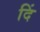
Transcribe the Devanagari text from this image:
दिं